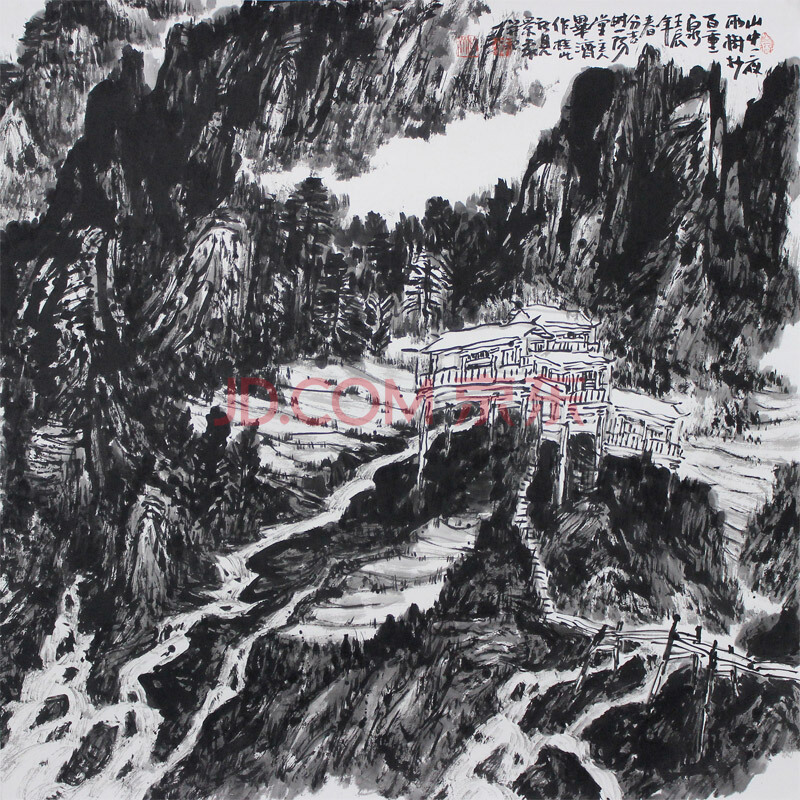
山中一夜雨，树杪百重泉。